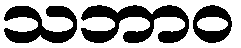
သဘာဝ